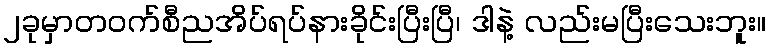
၂ခုမှာတဝက်စီညအိပ်ရပ်နားခိုင်းပြီးပြီ၊ ဒါနဲ့ လည်းမပြီးသေးဘူး။